TRU_Ajalooring, lk 47
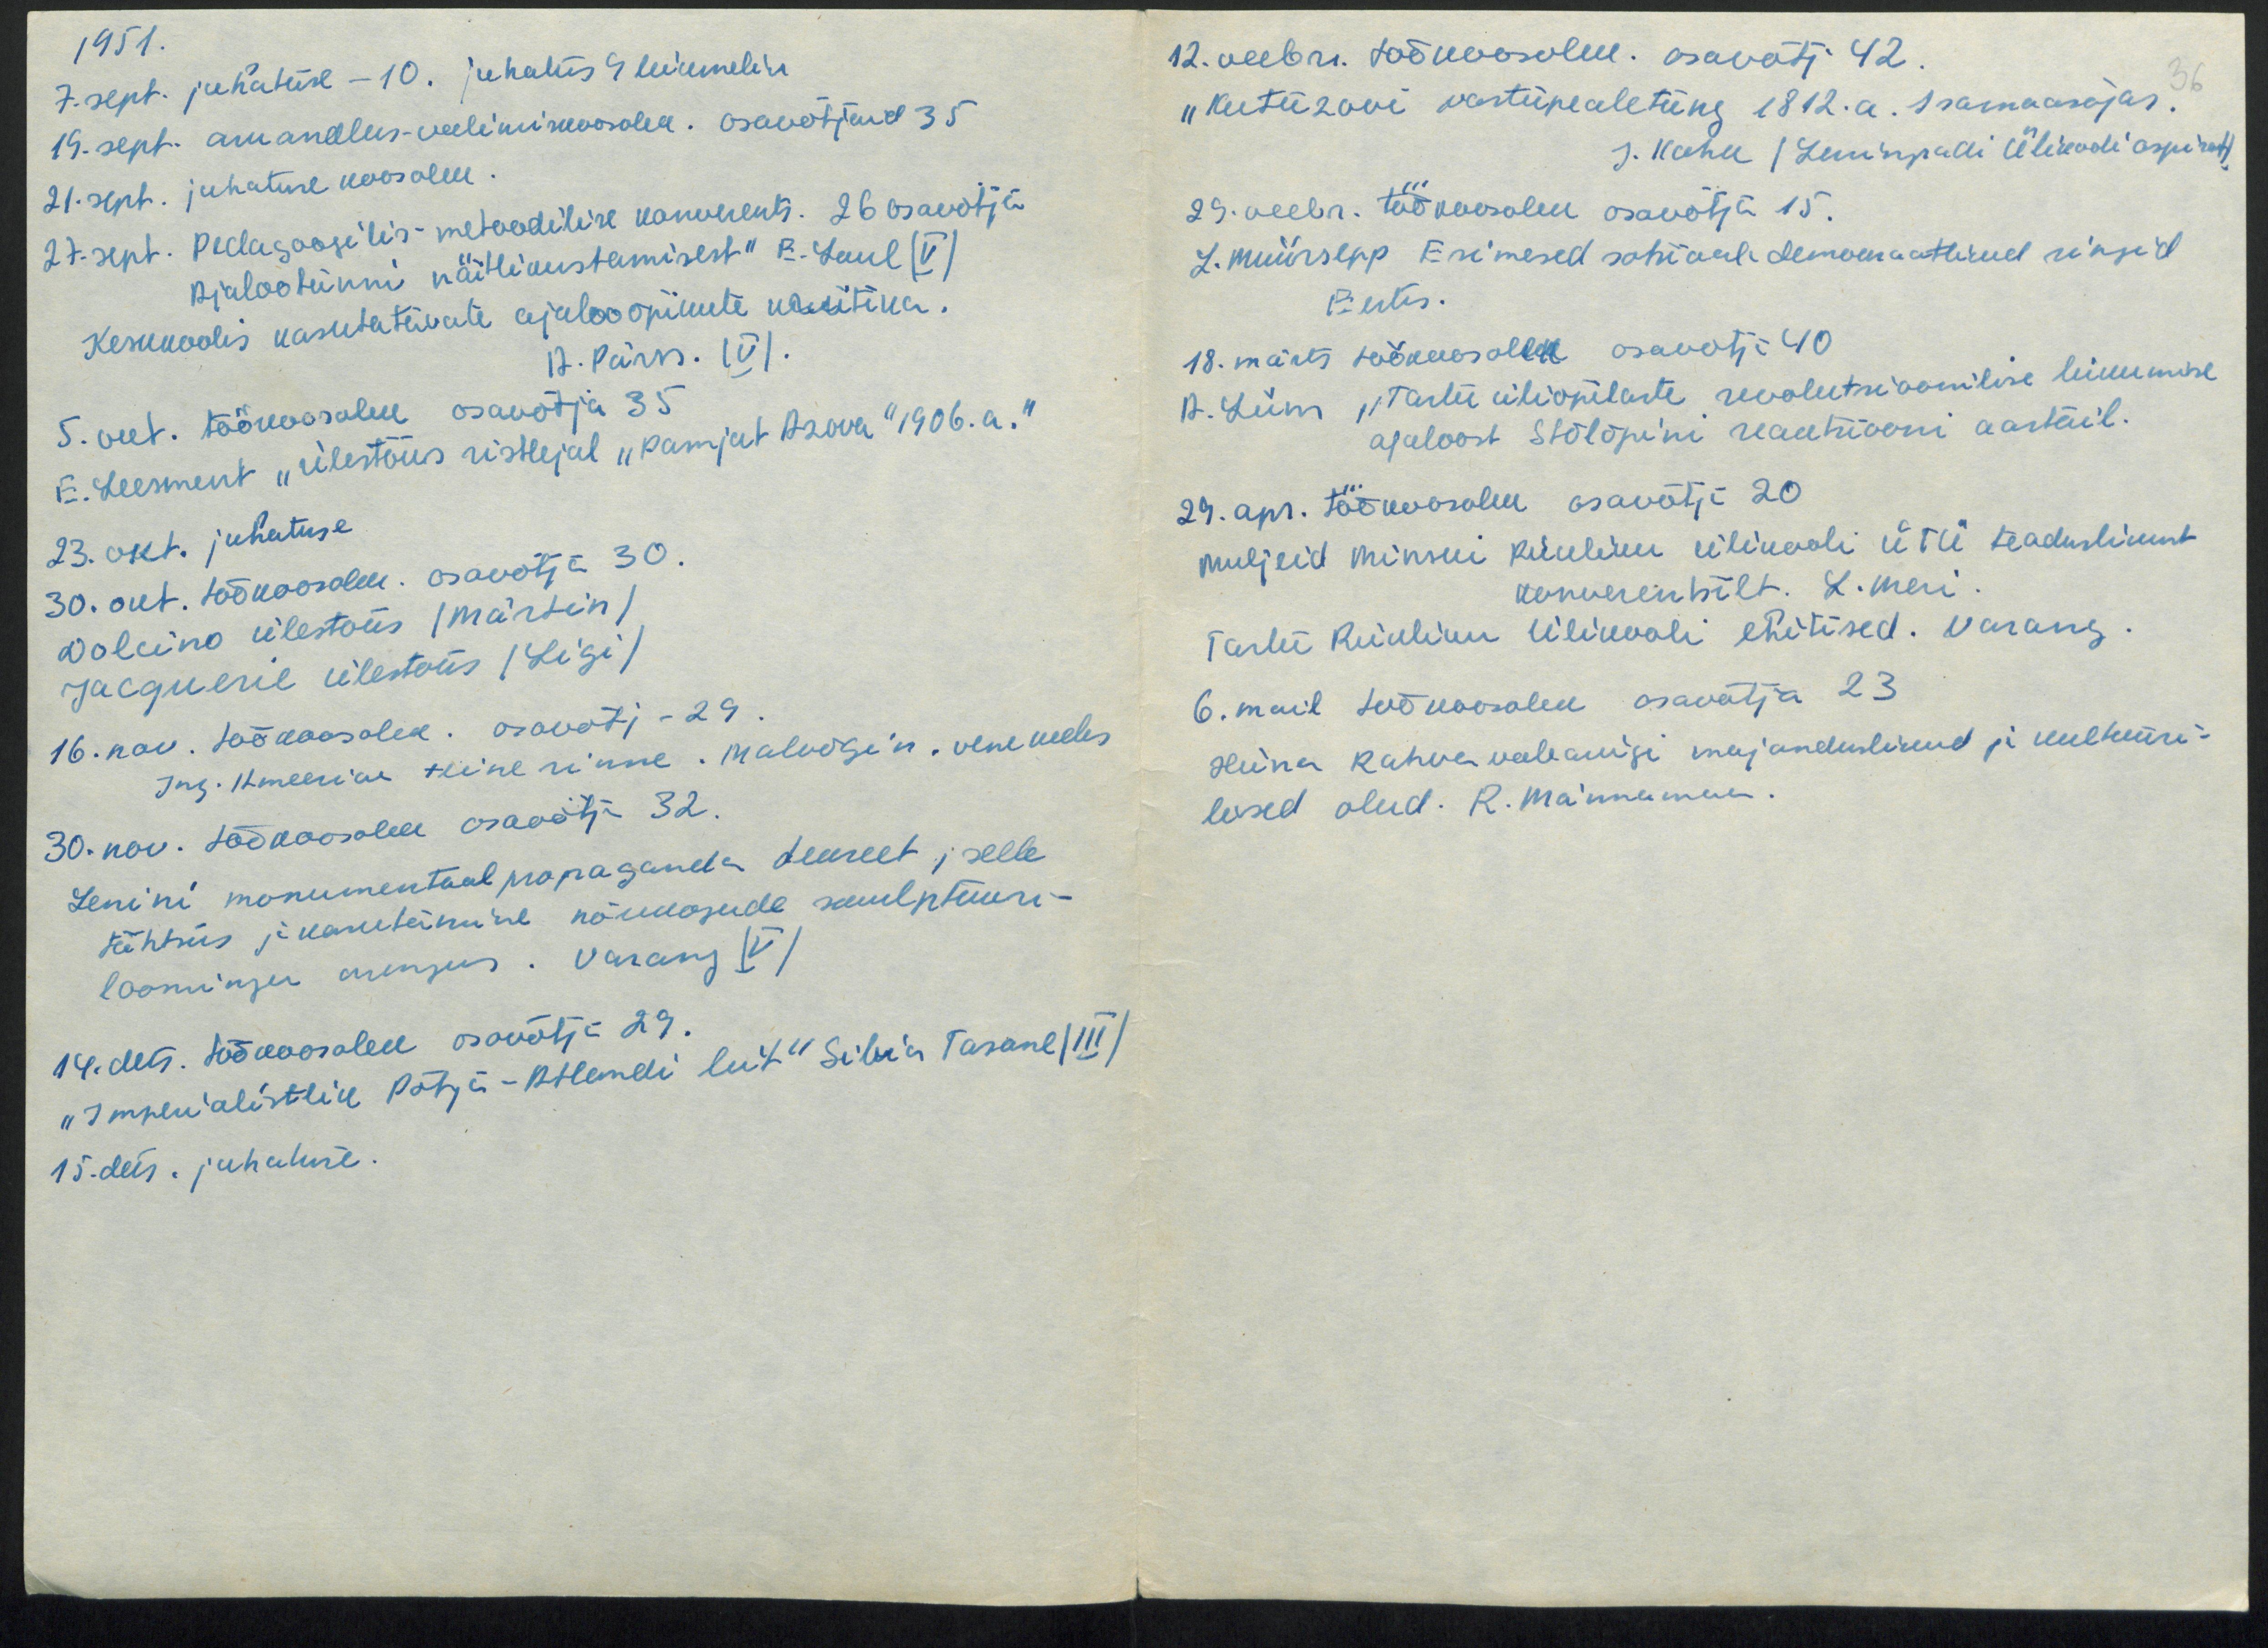
1951.
7. sept. juhatuse - 10. juhatus 9 liikmeline
19. sept. aruandlus-valimiskoosolek. Osavõtjaid 35
21. sept. juhatuse koosolek.
27. sept. Pedagoosilis-metoodilise konverents. 26 osavõtja
Ajalootunni näitlikustamisest" E. Saul (V)
Keskkoolis kasutatavate ajalooõikute kriitika.
12. Pärn. (V).
5. veet. töökoosolek osavõtja 35
E. Leesment "ülestõus ristlejal "Pomjut Asova "1906. a."
23. okt. juhatuse
30. okt. töökoosolek. osavõtja 30.
Dolcino ülestõus (Märtin)
Jacquerie ülestõus (Ligi)
16. nov. töökoosolek. osavõtj -29.
Ing. Ameerika teine rinne. Malvõgin. vene keeles
30. nov. töökoosolek osavõtja 32.
Lenini monumentaal propaganda dekreet, selle
tähtsus ja kasutäimine nõukogude skulptuuri-
loomingu arengus. Varang (V)
14.dets. töökoosolek osavõtja 29.
"Imperialistlik Põhja-Atlandi liit "Silvia Tasane (III)
15.dets. juhatuse.

12. veebr. töökoosolekul osavõtj 42.
"Kutuzovi vastupealetung 1812. a. Isamaasõjas.
J. Kahu (Leningradi Ülikooli aspirant)
29. veebr. töökoosolek osavõtja 15.
L. Müürsepp Esimesed sotsiaalidemokraatlikud ringid
Eestis.
18. märts töökoosolek osavõtj 40
12. Liim "Tartu üliõpilaste revolutsioonilise liikumise
ajaloost Stõlõpini reaktsiooni aastail.
29. apr. töökoosolek osavõtja 20
muljeid minsui Riikliku ülikooli ÜTÜ teaduslikust
konverentsilt. L. Meri.
Tartu Riikliku Ülikooli ehitised. Varang.
6. mail töökoosolek osavõtja 23
Hiina Rahva vabariigi majanduslikud ja kultuuri-
lised olud. R. Männamaa.